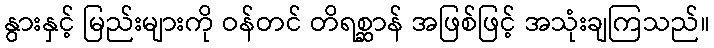
နွားနှင့် မြည်းများကို ဝန်တင် တိရစ္ဆာန် အဖြစ်ဖြင့် အသုံးချကြသည်။